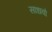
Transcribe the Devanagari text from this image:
साधवो